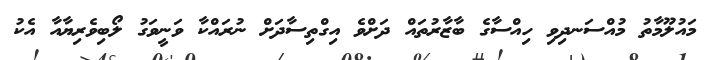
މައުލޫމާތު މުއްސަނދިވި ހިއްސާގެ ބާޒާރުތައް ދަށްވެ އިގްތިސާދަށް ނުރައްކާ ވަނީވަގު ލޯބިވެރިޔާއާ އެކު